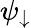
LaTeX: \psi_{\downarrow}